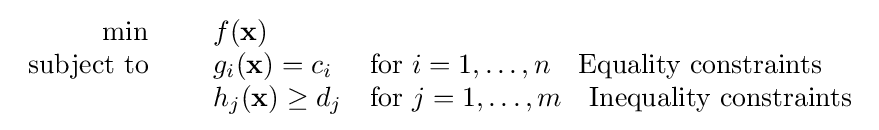
{\begin{array}{rcll}\min &~&f(\mathbf {x} )&\\\mathrm {subject~to} &~&g_{i}(\mathbf {x} )=c_{i}&{\text{for }}i=1,\ldots ,n\quad {\text{Equality constraints}}\\&~&h_{j}(\mathbf {x} )\geq d_{j}&{\text{for }}j=1,\ldots ,m\quad {\text{Inequality constraints}}\end{array}}